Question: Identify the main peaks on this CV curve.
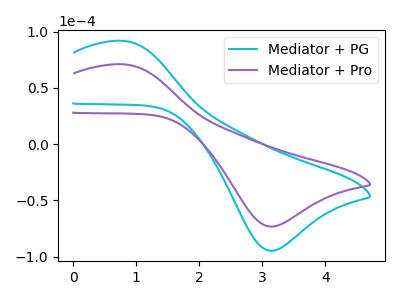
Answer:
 <answer>The cyan curve "Mediator + PG" has an anodic peak at (0.75V, 91.80uA) and a cathodic peak at (3.10V, -94.70uA). The purple curve "Mediator + Pro" has an anodic peak at (0.75V, 70.95uA) and a cathodic peak at (3.10V, -73.20uA).</answer>
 <eval></eval>